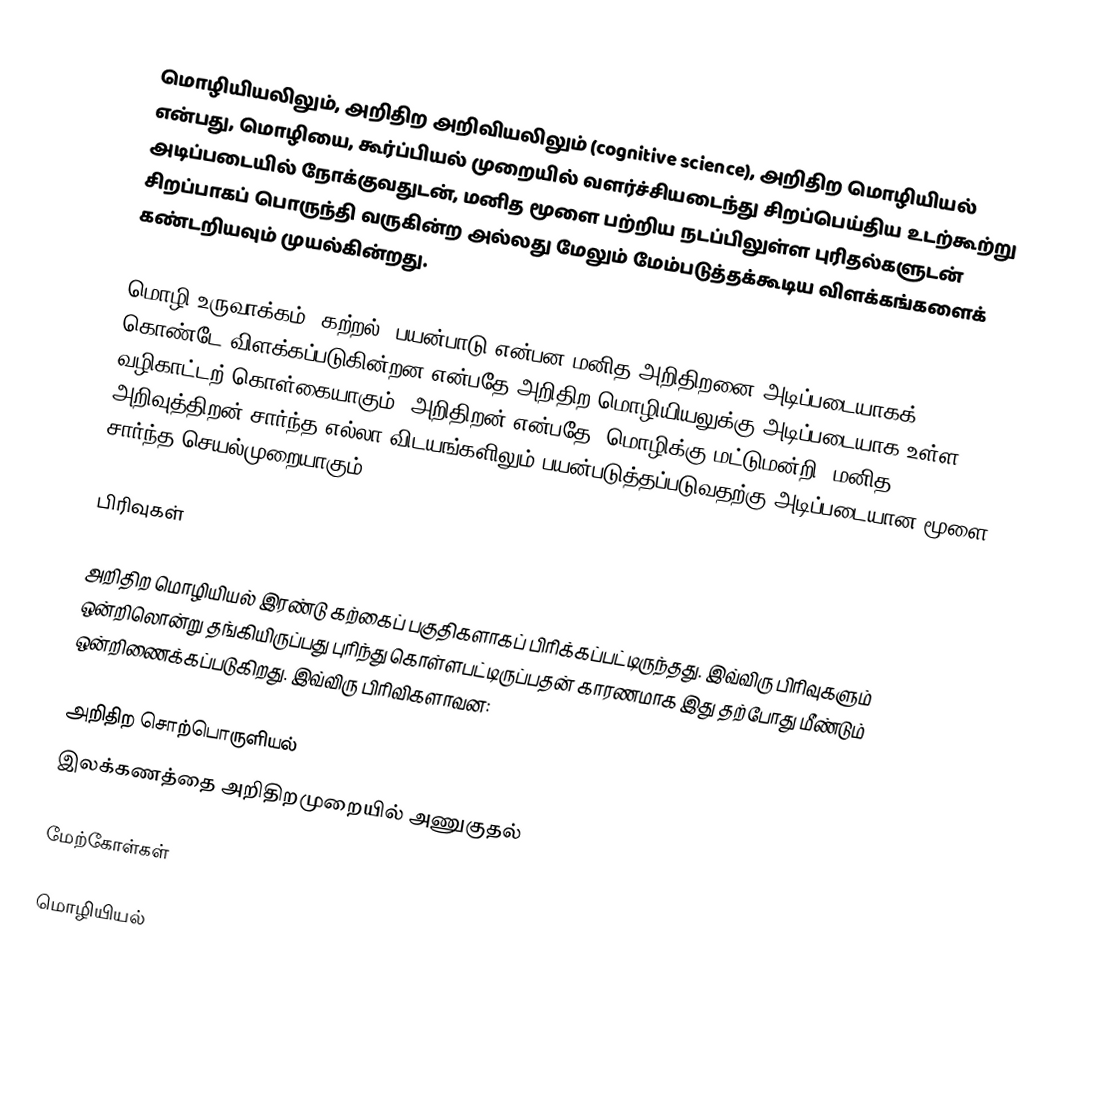
மொழியியலிலும், அறிதிற அறிவியலிலும் (cognitive science), அறிதிற மொழியியல் என்பது, மொழியை, கூர்ப்பியல் முறையில் வளர்ச்சியடைந்து சிறப்பெய்திய உடற்கூற்று அடிப்படையில் நோக்குவதுடன், மனித மூளை பற்றிய நடப்பிலுள்ள புரிதல்களுடன் சிறப்பாகப் பொருந்தி வருகின்ற அல்லது மேலும் மேம்படுத்தக்கூடிய விளக்கங்களைக் கண்டறியவும் முயல்கின்றது.

மொழி உருவாக்கம், கற்றல், பயன்பாடு என்பன மனித அறிதிறனை அடிப்படையாகக் கொண்டே விளக்கப்படுகின்றன என்பதே அறிதிற மொழியியலுக்கு அடிப்படையாக உள்ள வழிகாட்டற் கொள்கையாகும். அறிதிறன் என்பதே, மொழிக்கு மட்டுமன்றி, மனித அறிவுத்திறன் சார்ந்த எல்லா விடயங்களிலும் பயன்படுத்தப்படுவதற்கு அடிப்படையான மூளை சார்ந்த செயல்முறையாகும்.

பிரிவுகள்

அறிதிற மொழியியல் இரண்டு கற்கைப் பகுதிகளாகப் பிரிக்கப்பட்டிருந்தது. இவ்விரு பிரிவுகளும் ஒன்றிலொன்று தங்கியிருப்பது புரிந்து கொள்ளபட்டிருப்பதன் காரணமாக இது தற்போது மீண்டும் ஒன்றிணைக்கப்படுகிறது. இவ்விரு பிரிவிகளாவன:

 அறிதிற சொற்பொருளியல்
 இலக்கணத்தை அறிதிறமுறையில் அணுகுதல்

மேற்கோள்கள்

மொழியியல்